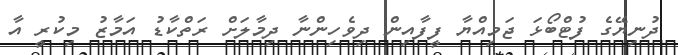
ދުނިޔޭގެ ފުޓްބޯޅަ ޖަމިއްޔާ ފީފާއިން ދިވެހިންނާ ދިމާލަށް ރަތްކާޑު އަމާޒު މިކުރީ އާ